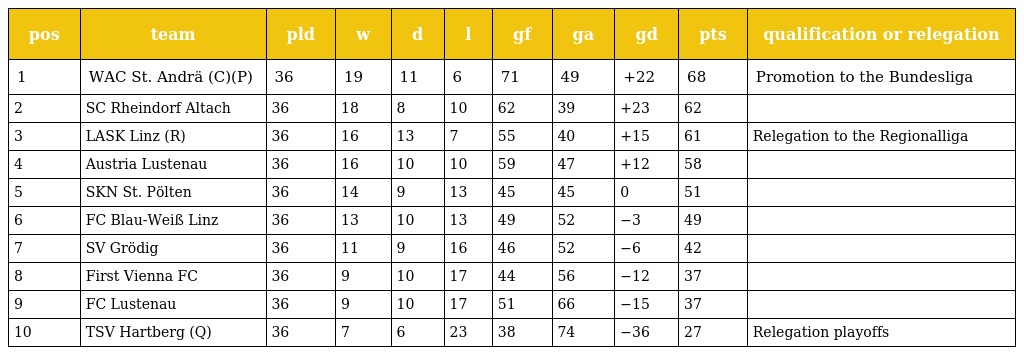
| pos | team | pld | w | d | l | gf | ga | gd | pts | qualification or relegation |
 | --- | --- | --- | --- | --- | --- | --- | --- | --- | --- | --- |
 | 1 | WAC St. Andrä (C)(P) | 36 | 19 | 11 | 6 | 71 | 49 | +22 | 68 | Promotion to the Bundesliga |
 | 2 | SC Rheindorf Altach | 36 | 18 | 8 | 10 | 62 | 39 | +23 | 62 |  |
 | 3 | LASK Linz (R) | 36 | 16 | 13 | 7 | 55 | 40 | +15 | 61 | Relegation to the Regionalliga |
 | 4 | Austria Lustenau | 36 | 16 | 10 | 10 | 59 | 47 | +12 | 58 |  |
 | 5 | SKN St. Pölten | 36 | 14 | 9 | 13 | 45 | 45 | 0 | 51 |  |
 | 6 | FC Blau-Weiß Linz | 36 | 13 | 10 | 13 | 49 | 52 | −3 | 49 |  |
 | 7 | SV Grödig | 36 | 11 | 9 | 16 | 46 | 52 | −6 | 42 |  |
 | 8 | First Vienna FC | 36 | 9 | 10 | 17 | 44 | 56 | −12 | 37 |  |
 | 9 | FC Lustenau | 36 | 9 | 10 | 17 | 51 | 66 | −15 | 37 |  |
 | 10 | TSV Hartberg (Q) | 36 | 7 | 6 | 23 | 38 | 74 | −36 | 27 | Relegation playoffs |